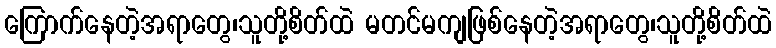
ကြောက်နေတဲ့အရာတွေ၊သူတို့စိတ်ထဲ မတင်မကျဖြစ်နေတဲ့အရာတွေ၊သူတို့စိတ်ထဲ